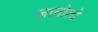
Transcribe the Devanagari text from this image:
जानोतो